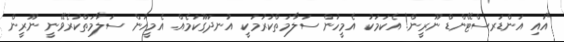
"އައި އަންޑަރސްޓޭންޑް ނޫރީން! އެކަމަކު އެމީހުން ސަލާމަތްކުރުމަކީ އުނދަގޫކަމެއް. އެމީހުން ސަލާމަތްކުރެވޭނީ ނޫރީން